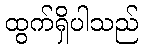
ထွက်ရှိပါသည်